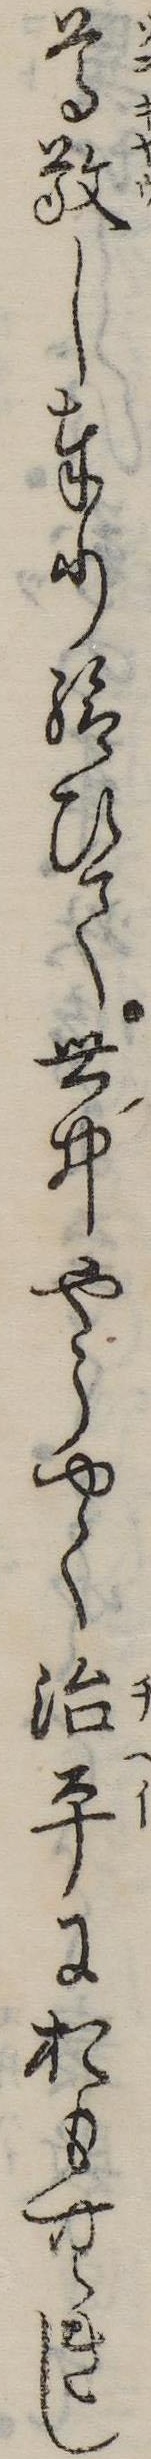
尊敬し奉り給ひて世中やうやく治平におもむきし